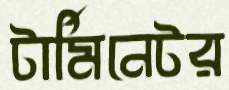
টার্মিনেটর